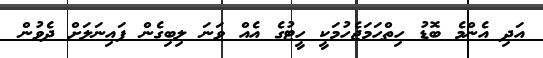
އަދި އެންމެ ބޮޑު ހިތްހަމަޖެހުމަކީ ހީޓުގެ އެއް ވަނަ ލިބިގެން ފައިނަލަށް ދެވުން